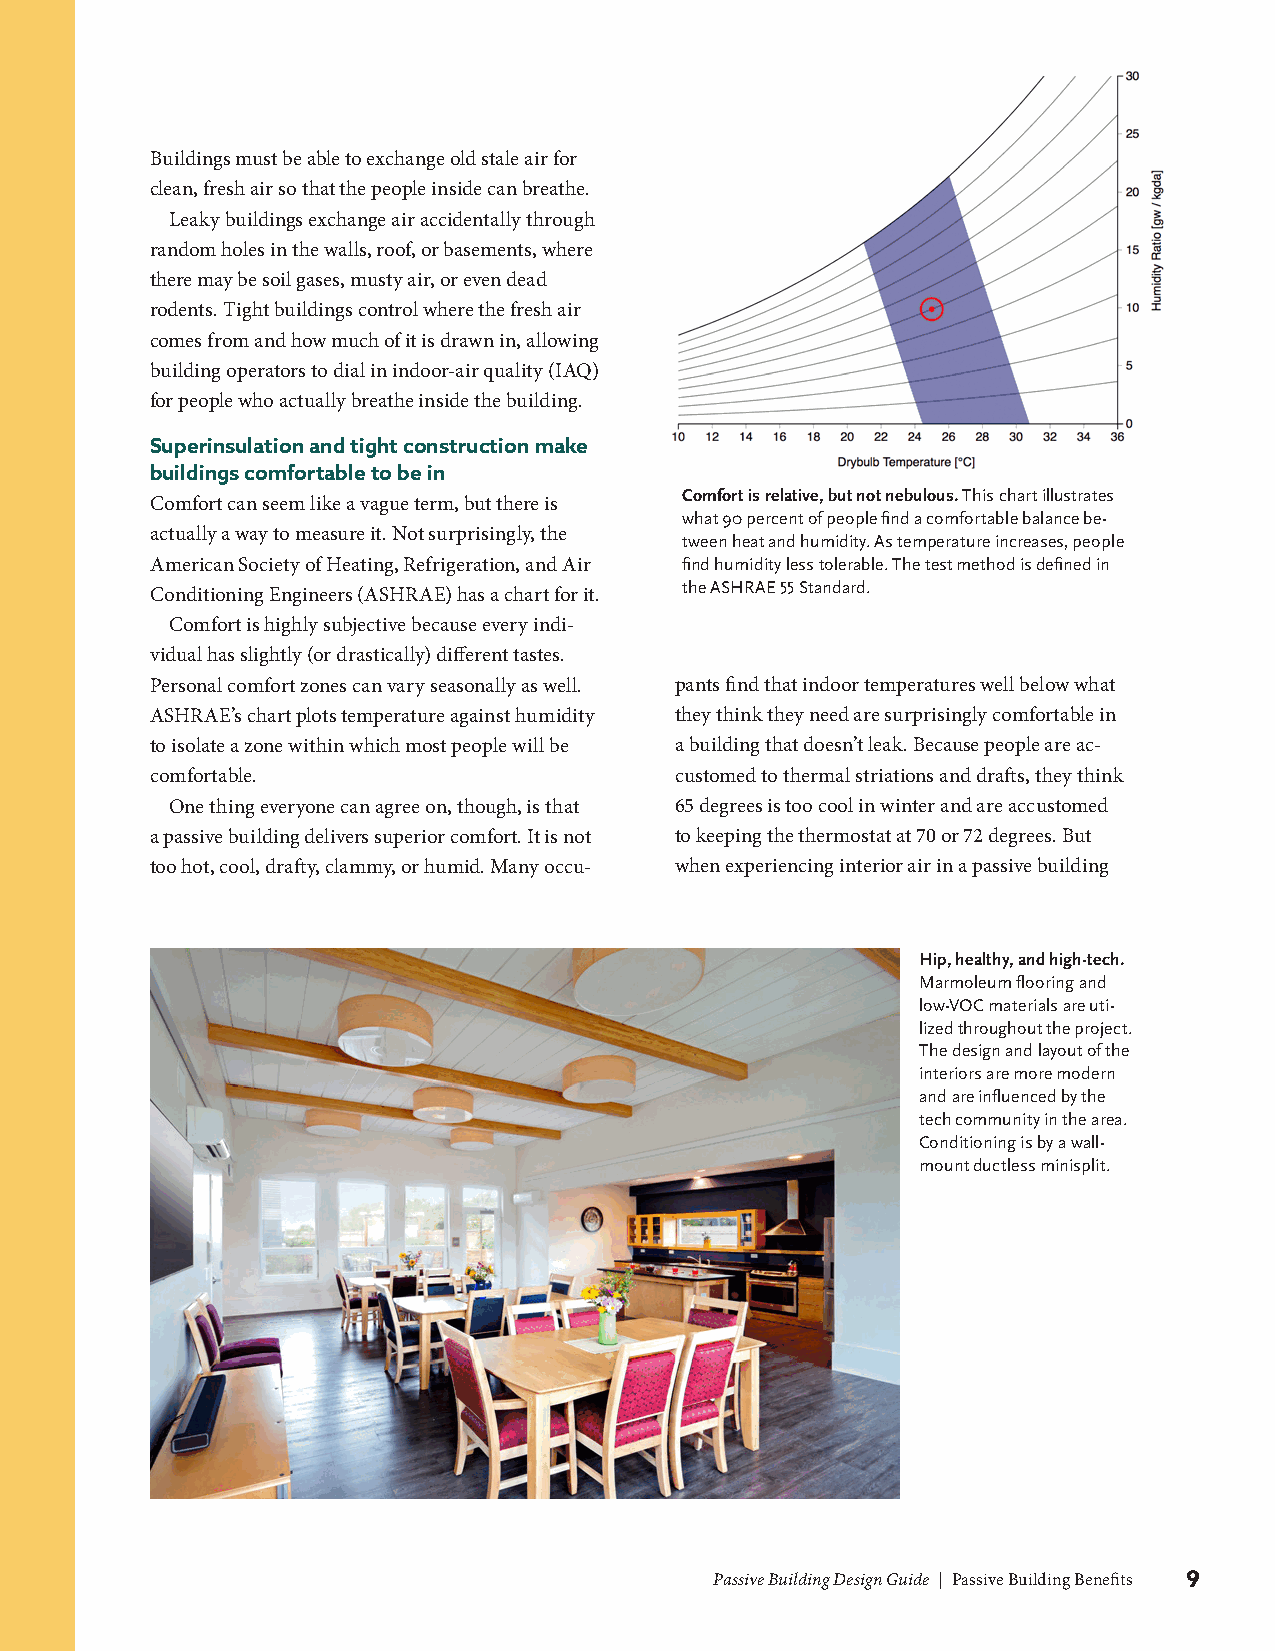
Buildings must be able to exchange old stale air for
 clean, fresh air so that the people inside can breathe.
 Leaky buildings exchange air accidentally through
 random holes in the walls, roof, or basements, where
 there may be soil gases, musty air, or even dead
 rodents. Tight buildings control where the fresh air
 comes from and how much of it is drawn in, allowing
 building operators to dial in indoor-air quality (IAQ)
 for people who actually breathe inside the building.
 Superinsulation and tight construction make
 buildings comfortable to be in
 Comfort is relative, but not nebulous. This chart illustrates
 Comfort can seem like a vague term, but there is
 what 90 percent of people find a comfortable balance be-
 actually a way to measure it. Not surprisingly, the
 tween heat and humidity. As temperature increases, people
 American Society of Heating, Refrigeration, and Air find humidity less tolerable. The test method is defined in
 the ASHRAE 55 Standard.
 Conditioning Engineers (ASHRAE) has a chart for it.
 Comfort is highly subjective because every indi-
 vidual has slightly (or drastically) different tastes.
 Personal comfort zones can vary seasonally as well. pants find that indoor temperatures well below what
 ASHRAE’s chart plots temperature against humidity they think they need are surprisingly comfortable in
 to isolate a zone within which most people will be a building that doesn’t leak. Because people are ac-
 comfortable.                       customed to thermal striations and drafts, they think
 One thing everyone can agree on, though, is that 65 degrees is too cool in winter and are accustomed
 a passive building delivers superior comfort. It is not to keeping the thermostat at 70 or 72 degrees. But
 too hot, cool, drafty, clammy, or humid. Many occu- when experiencing interior air in a passive building
 Hip, healthy, and high-tech.
 Marmoleum flooring and
 low-VOC materials are uti-
 lized throughout the project.
 The design and layout of the
 interiors are more modern
 and are influenced by the
 tech community in the area.
 Conditioning is by a wall-
 mount ductless minisplit.
 Passive Building Design Guide | Passive Building Benefits 9